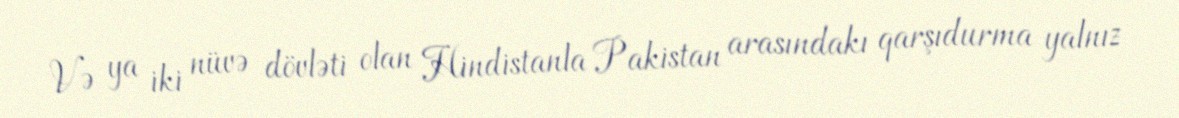
Və ya iki nüvə dövləti olan Hindistanla Pakistan arasındakı qarşıdurma yalnız